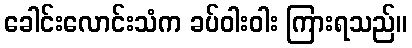
ခေါင်းလောင်းသံက ခပ်ဝါးဝါး ကြားရသည်။